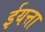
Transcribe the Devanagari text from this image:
ईयत्ता